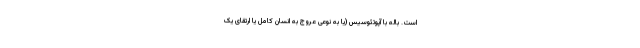
است. باله با آپوتئوسیس (یا به نوعی عروج به انسان کامل یا ارتقای یک